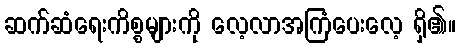
ဆက်ဆံရေးကိစ္စများကို လေ့လာအကြံပေးလေ့ ရှိ၏။